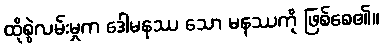
ထိုစွဲလမ်းမှုက ဒေါမနဿ သော မနဿကို ဖြစ်စေ၏။